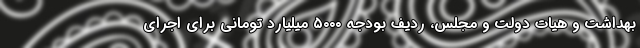
بهداشت و هیات دولت و مجلس، ردیف بودجه ۵۰۰۰ میلیارد تومانی برای اجرای